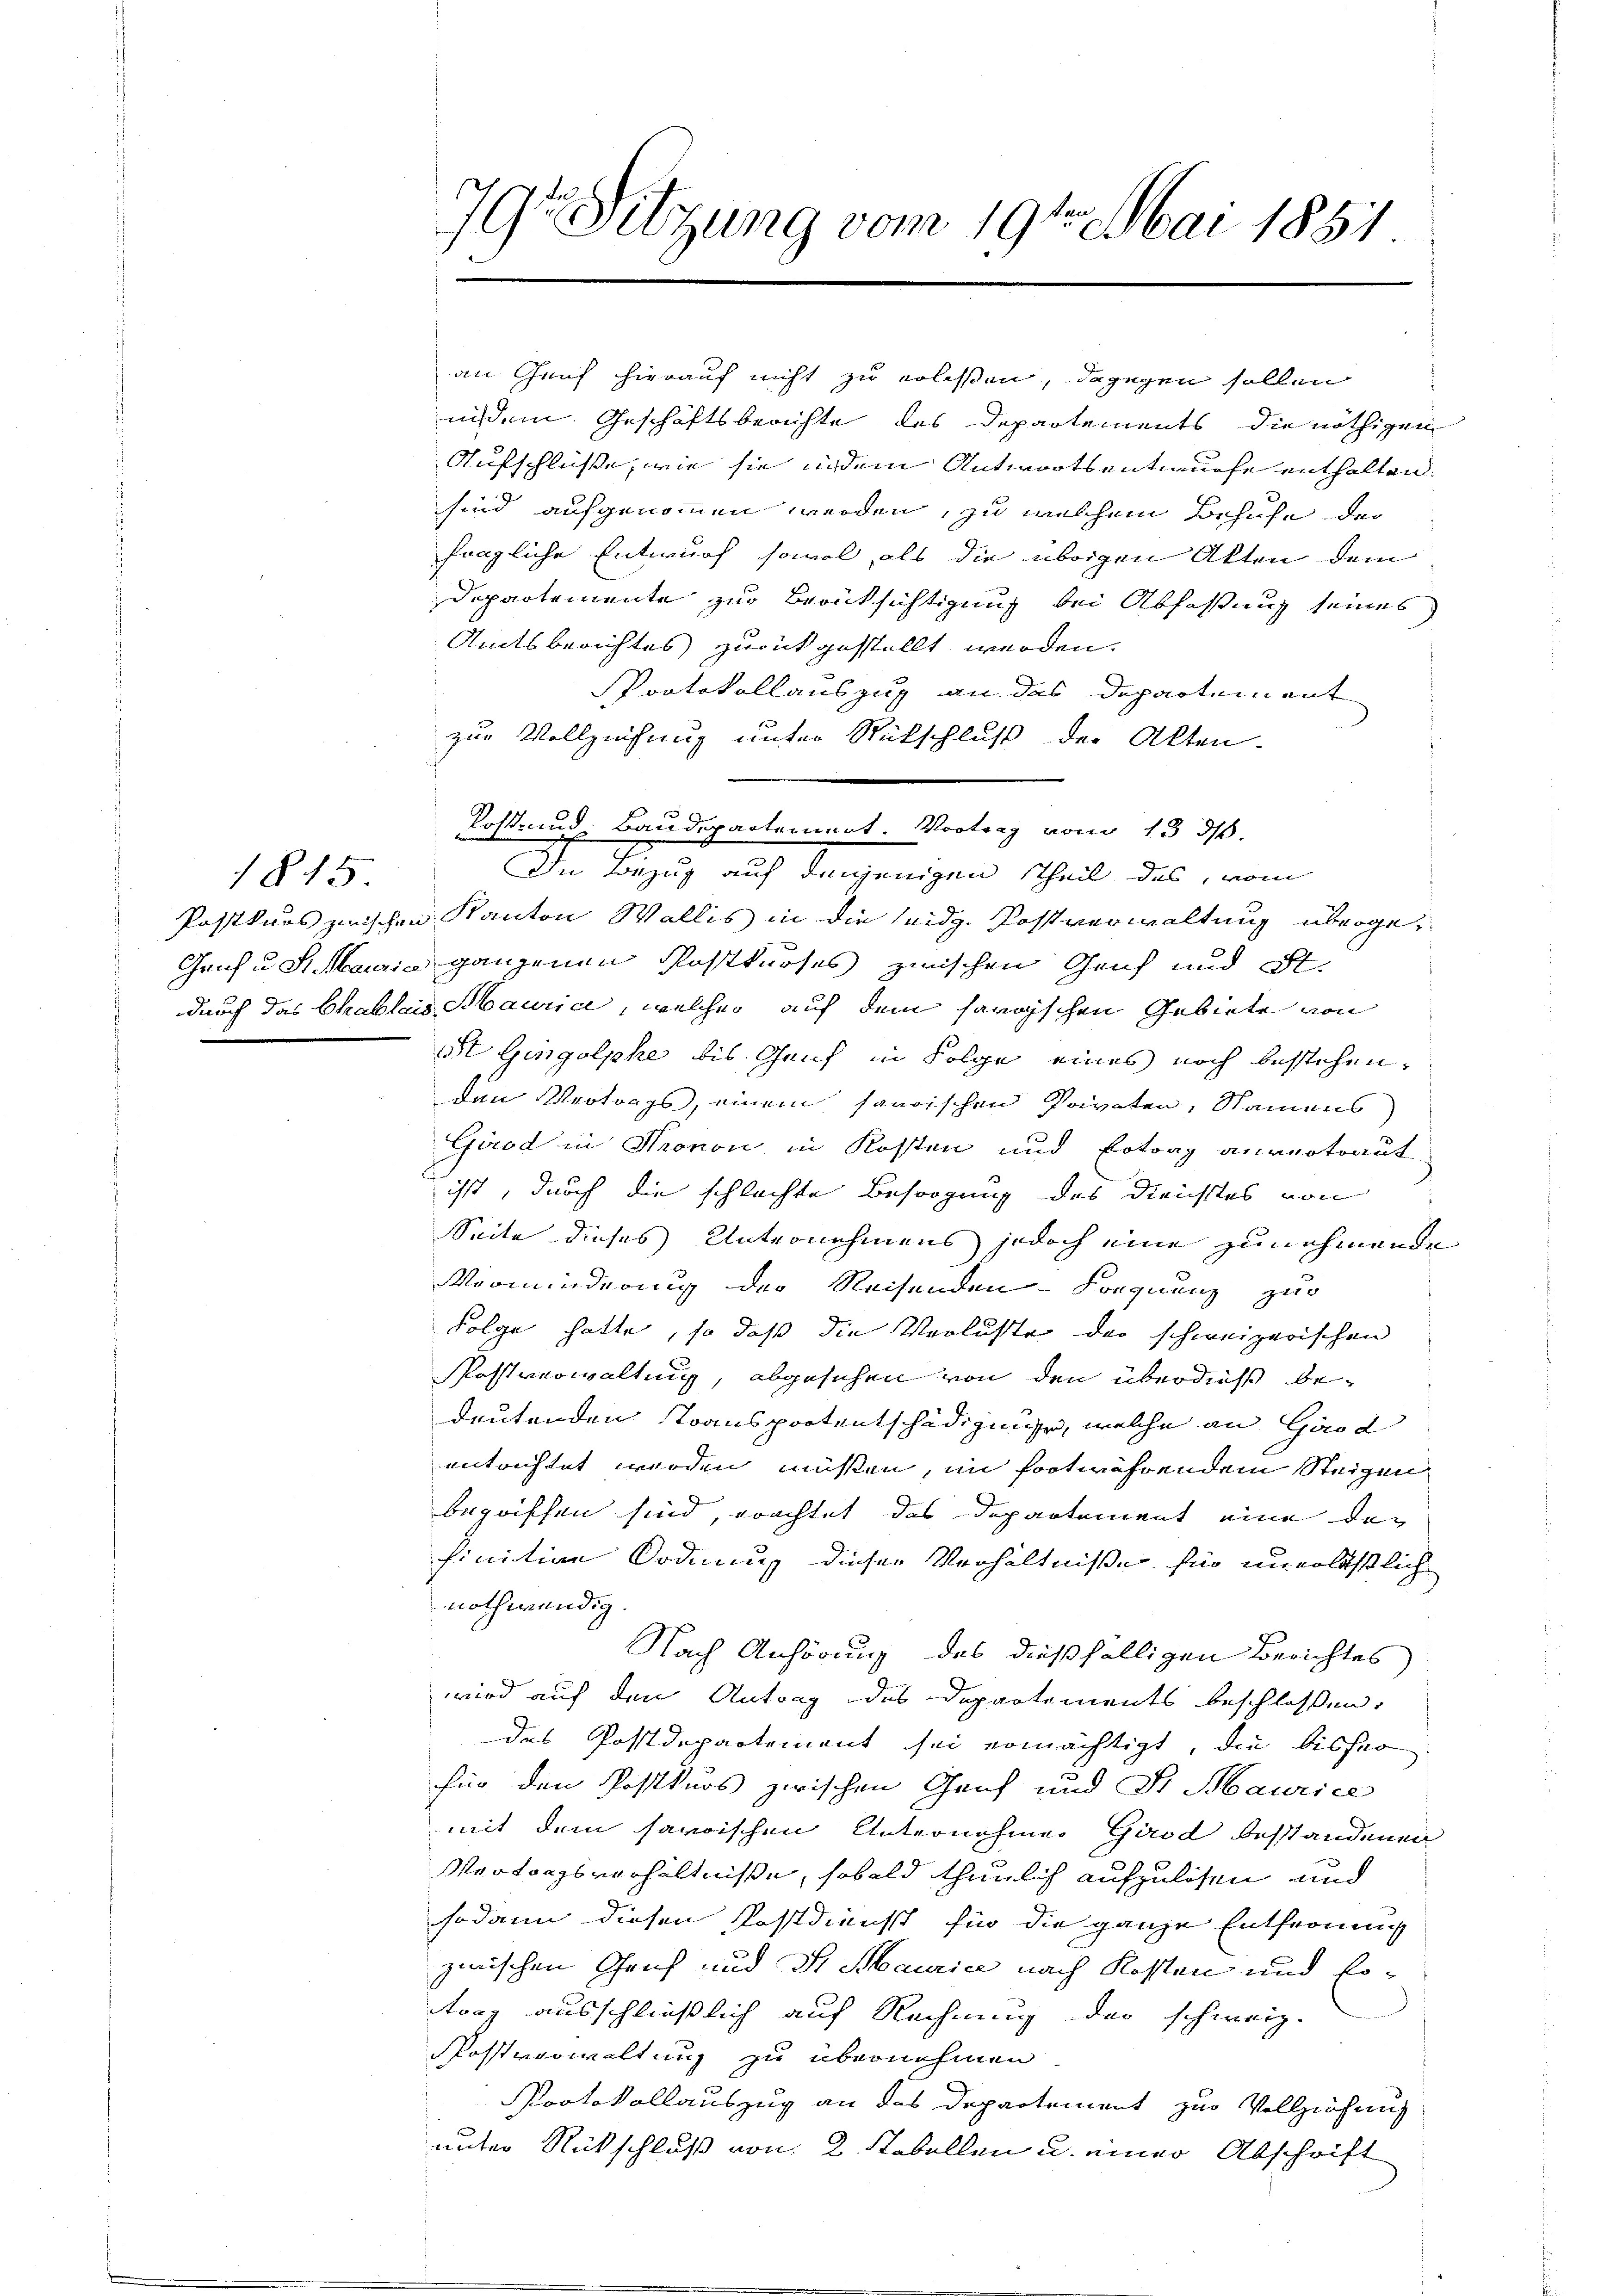
185

79te Sitzung vom 19ten Mai 1851

nisem Geschäftsberichte des Departements die nöthigen
Aufschlüsse, wie sie indem Antwortsentwurfe enthalten.
sind aufgenommen werden, zu welchem Behufe der
fängliche Entwurf sowol, als die übrigen Akten dem
Departemente zur Berücksichtigung bei Abfassung seines
Amtsberichtes zurückgestellt werden.
Protokollauszug an das Departement
zur Vollziehung unter Rückschluß der Akten.
Post- und Baudepartement. Vortrag vom 13. ds.
In Bezug auf denjenigen Theil das, vom
Postkurs zwischen Kanton Wallis in die seidg. Postverwaltung überge¬
Geih u. S. Marin ganzenen Posttroses zwischen Genf und Pl
durch das Chablais Maurice, welcher auf dem savoyischen Gebiete von
St Gingolphe, bis Genf in Folge eines noch bestehen,
Den Vertrags, einem saurischen Privaten, Namens
Gárod in Kronon in Kosten und Ertrag anvertraut,
ist, durch die schlachte Besorgung des Dienstes von
Seite dieses Unternehmens jedoch eine zunehmende
Vorminderung der Reisenden - Foegnung zur
Folge hatte, so daß die Verluste der schweizerischen
Postverwaltung, abgesehen von den überdieß bedeutenden Transportentschädigunge, welche an Girod
entrichtet werden müssen, im fortwährendem Steigen
begriffen sind, erachtet das Departement eine der
finition Ordnung dieser Verhältniße für unerläßlich
nothwendig.
Nach Anhörung des dießfälligen Berichtes
wwird auf den Antrag des Departements beschlossen:
das Postdepartement sei ermächtigt, die bisher
fin den Postkurs zwischen Genf und St. Maurice
mit dem savoischen Unternehmen Girod besstandenen
Vertoggsverhältnisse, sobald thunlich aufzulösen und
sodann diesen Kostdienst für die ganze Entfernung
zwischen Genf und Sr. Maurice nach Kosten und Ertrag ausschließlich auf Rechnung der schweiz.
Postverwaltung zu übernehmen.
Protokollauszug an das Departement zur Vollziehung
unter Rückschluß von 2 Tabellen u. einer Abschrift

an Genf hierauf nicht zu erlassen, dagegen sollen